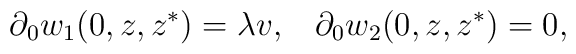
\partial_{0} w_{1}(0,z,z^{*}) =  \lambda v, \;\;\;\partial_{0} w_{2}(0,z,z^{*}) = 0,